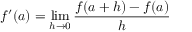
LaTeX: f ^ { \prime } ( a ) = \operatorname* { l i m } _ { h \to 0 } { \frac { f ( a + h ) - f ( a ) } { h } }